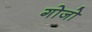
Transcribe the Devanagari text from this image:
गोजो